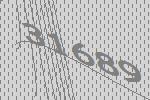
31689